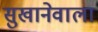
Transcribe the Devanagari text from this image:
सुखानेवाला